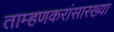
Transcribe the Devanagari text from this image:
ताम्हणकरांसारख्या